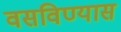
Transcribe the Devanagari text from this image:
वसविण्यास